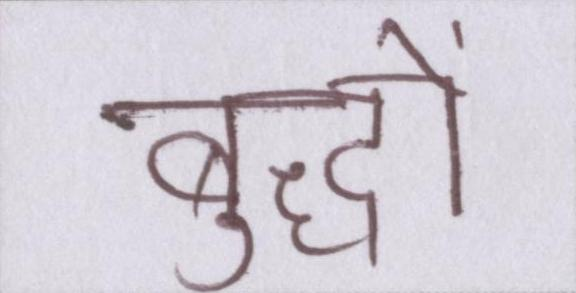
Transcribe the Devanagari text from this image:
बुद्धों